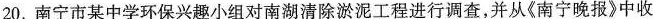
20.南宁市某中学环保兴趣小组对南湖清除淤泥工程进行调查，并从《南宁晚报》中收